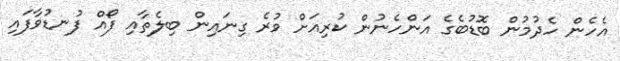
އެހެން ހެދުމުން ބޮޑުބެގެ އަންހެނުން ކުރިއަށް ވުރެ ގިނައިން ބިލެތާއި ފޯއް ފުނޑުވާފައި